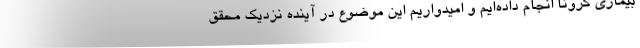
بیماری کرونا انجام داده‌ایم و امیدواریم این موضوع در آینده نزدیک محقق